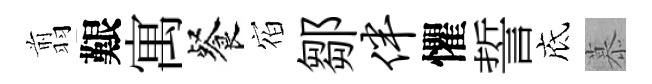
翦艱寓餐𪧐鄒伴懼誓底慕